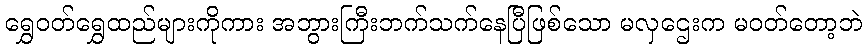
ရွှေဝတ်ရွှေထည်များကိုကား အဘွားကြီးဘက်သက်နေပြီဖြစ်သော မလှဌေးက မဝတ်တော့ဘဲ